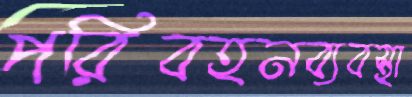
পরিবহনব্যবস্থা